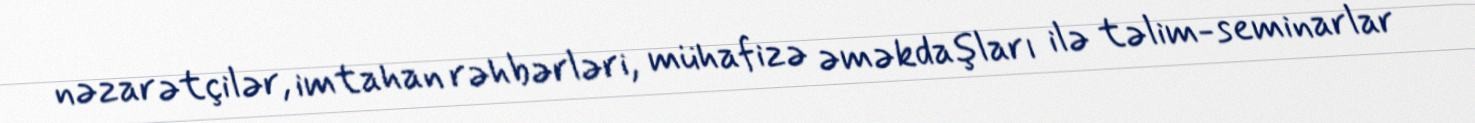
nəzarətçilər, imtahan rəhbərləri, mühafizə əməkdaşları ilə təlim-seminarlar